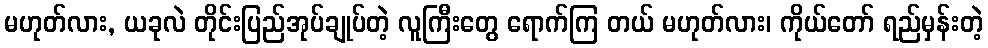
မဟုတ်လား, ယခုလဲ တိုင်းပြည်အုပ်ချုပ်တဲ့ လူကြီးတွေ ရောက်ကြ တယ် မဟုတ်လား၊ ကိုယ်တော် ရည်မှန်းတဲ့